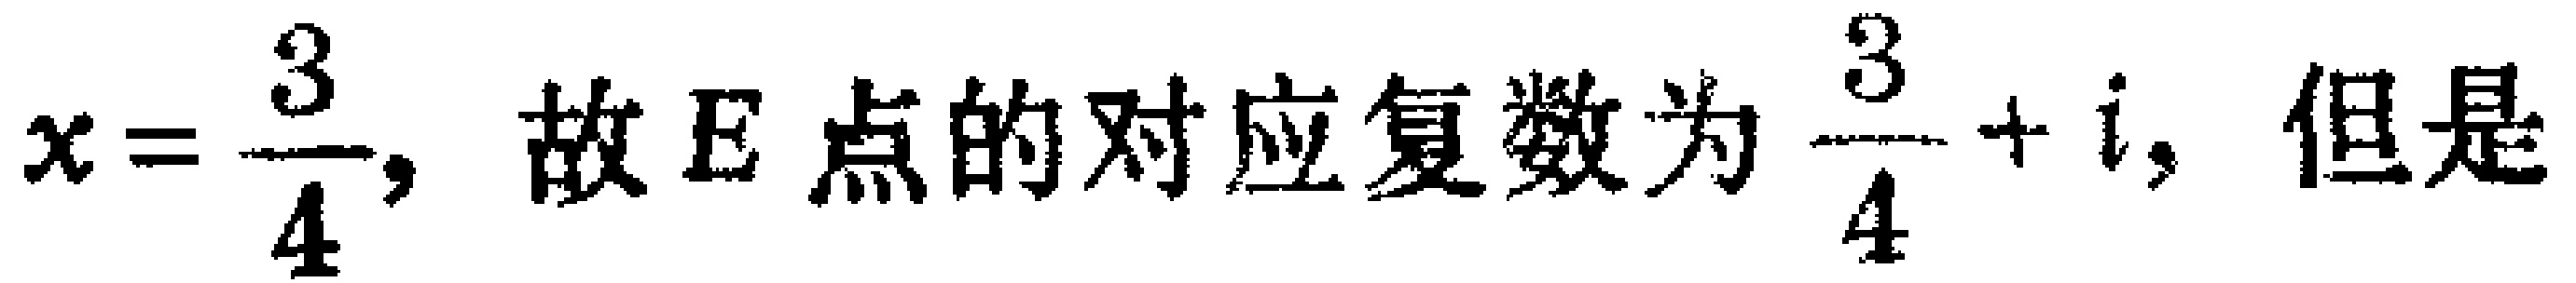
$x = \dfrac{3}{4}, 故\ E\ 点的对应复数为\ \dfrac{3}{4}+i, 但是$